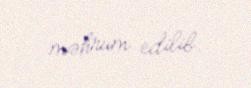
məhrum edilib.